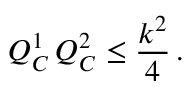
Q _ { C } ^ { 1 } \, Q _ { C } ^ { 2 } \leq { \frac { k ^ { 2 } } { 4 } } \, .